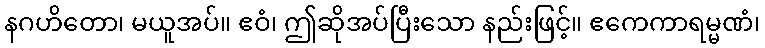
နဂဟိတော၊ မယူအပ်။ ဧဝံ၊ ဤဆိုအပ်ပြီးသော နည်းဖြင့်။ ဧကေကာရမ္မဏံ၊